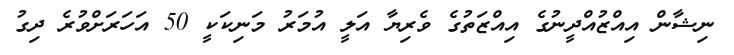
ނިޝާން އިއްޒުއްދީނުގެ އިއްޒަތުގެ ވެރިޔާ އަލީ އުމަރު މަނިކަކީ 50 އަހަރަށްވުރެ ދިގު